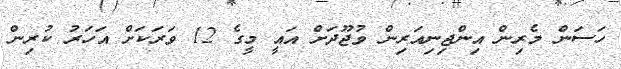
ހަސަން މެރިން އިންޖިނިއަރިން ވުޖޫދަށް އައީ މީގެ 12 ވަރަކަށް އަހަރު ކުރިން